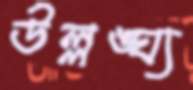
উল্লঙ্ঘ্য